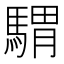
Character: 𩤸